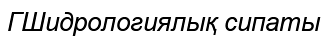
ГШидрологиялық сипаты